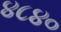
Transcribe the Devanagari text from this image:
४८४०